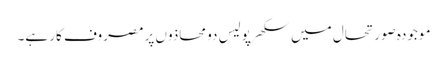
موجودہ صورتحال میں سکھرپولیس دو محاذوں پر مصروف کار ہے۔